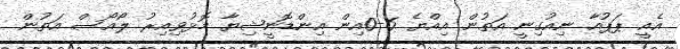
އެއީ ޕަޕުއާ ނިއުގިނީ އަތުން އިއްޔެ 6-0އިން އިންޑޮނީޝިޔާ މޮޅުވިއިރު ލޯއޯސް އަތުން